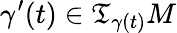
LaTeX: \gamma^{\prime}(t)\in\mathfrak{T}_{\gamma(t)}M